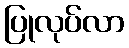
ပြုလုပ်လာ